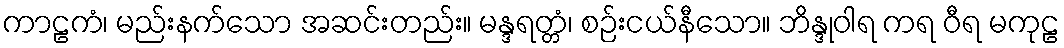
ကာဠကံ၊ မည်းနက်သော အဆင်းတည်း။ မန္ဒရတ္တံ၊ စဉ်းငယ်နီသော။ ဘိန္ဒုဝါရ ကရ ဝီရ မကုဠ